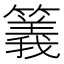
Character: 䉝